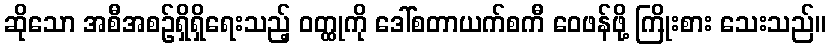
ဆိုသော အစီအစဉ်ရှိရှိရေးသည့် ဝတ္ထုကို ဒေါ်စတာယက်စကီ ဝေဖန်ဖို့ ကြိုးစား သေးသည်။